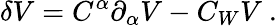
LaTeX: \delta V=C^{\alpha}{\partial}_{\alpha}V-C_{W}V~.